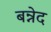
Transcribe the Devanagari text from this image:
बन्नेद